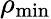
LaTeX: \rho_{\mathrm{min}}